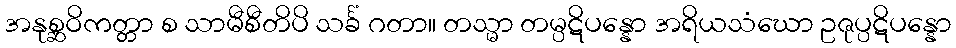
အနုစ္ဆဝိကတ္တာ စ သာမီစီတိပိ သင်္ခံ ဂတာ။ တသ္မာ တမ္ပဋိပန္နော အရိယသံဃော ဥဇုပ္ပဋိပန္နော